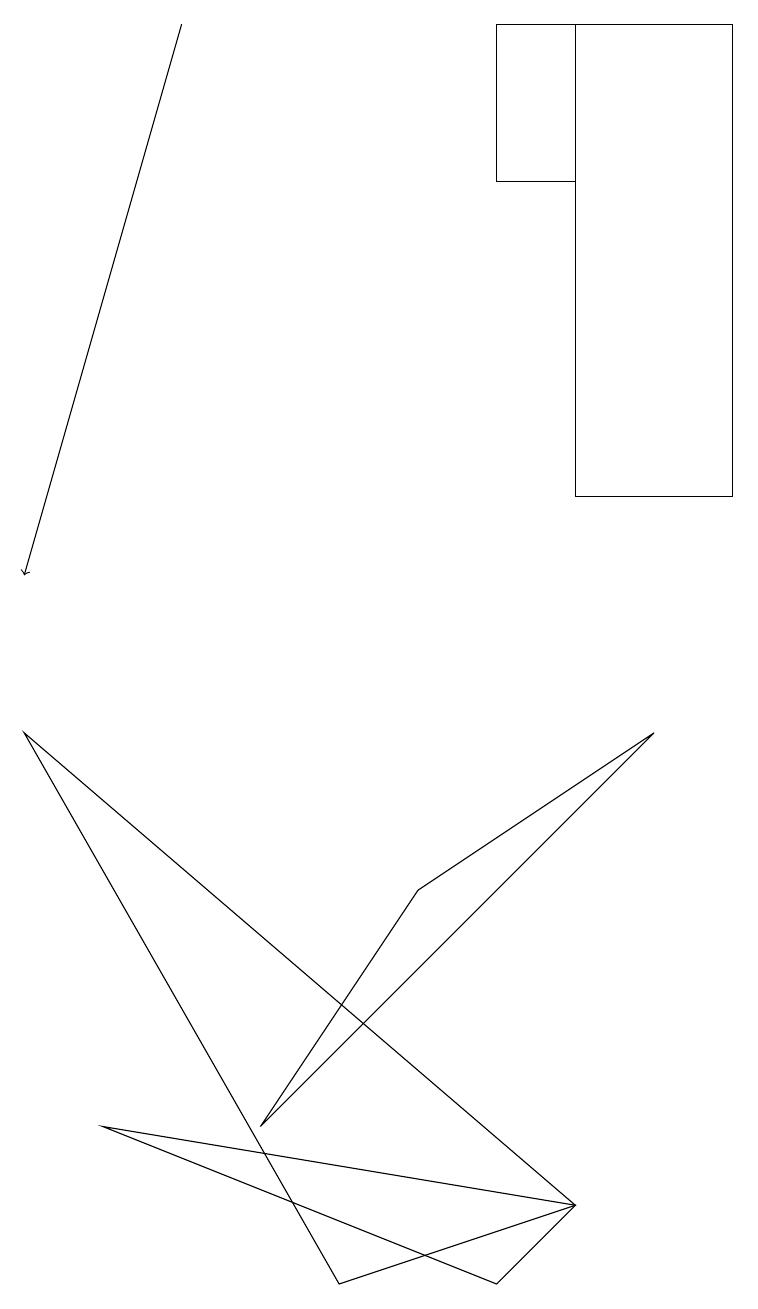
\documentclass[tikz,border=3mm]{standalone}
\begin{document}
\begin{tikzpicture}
\draw (0,9) -- (7,3) -- (4,2) -- cycle;
\draw (5,7) -- (3,4) -- (8,9) -- cycle;
\draw (9,12) rectangle (7,18);
\draw[->] (2,18) -- (0,11);
\draw (6,18) rectangle (7,16);
\draw (7,3) -- (1,4) -- (6,2) -- cycle;
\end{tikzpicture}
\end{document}